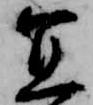
宜